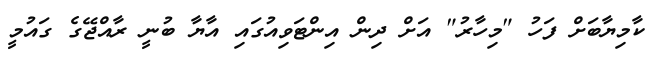
ކާމިޔާބަށް ފަހު "މިހާރު" އަށް ދިން އިންޓަވިއުގައި އާޔާ ބުނީ ރާއްޖޭގެ ގައުމީ